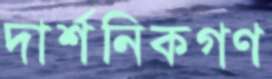
দার্শনিকগণ